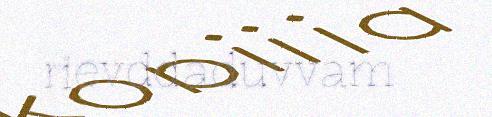
rievddaduvvam